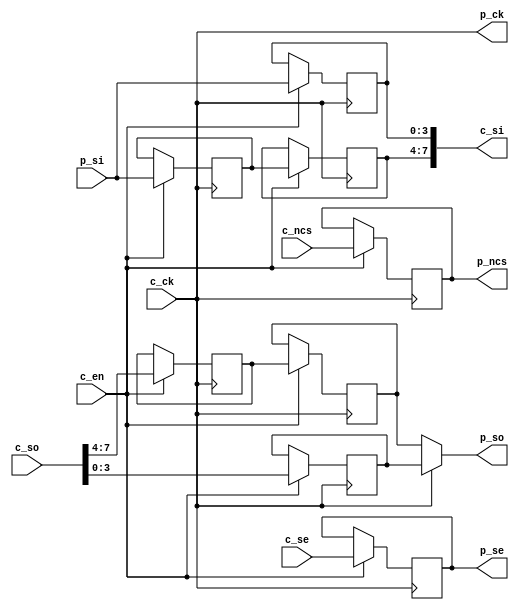
module mphy (
    c_ck, c_ncs, c_se, c_so, c_si, c_en,
    p_ck, p_ncs, p_se, p_so, p_si
);
    // controller side
    input        c_ck;
    input        c_ncs;
    input  [3:0] c_se;
    input  [7:0] c_so;
    output [7:0] c_si;
    // phy enable signal
    input        c_en;

    // pad side
    output       p_ck;
    output       p_ncs;
    output [3:0] p_se;
    output [3:0] p_so;
    input  [3:0] p_si;

    reg       ncs;
    reg [3:0] se, so0, so1, so2, si0, si1, si2;

    // clock buffer
    assign p_ck = c_ck;

    // SPI select signal
    always @(posedge c_ck) if (c_en) ncs <= c_ncs;
    assign p_ncs = ncs;

    // enable output data
    always @(posedge c_ck) if (c_en) se <= c_se;
    assign p_se = se;

    // output data
    always @(posedge c_ck) if (c_en) so0 <= c_so[3:0];
    always @(posedge c_ck) if (c_en) so1 <= c_so[7:4];
    always @(negedge c_ck) if (c_en) so2 <= so1;
    assign p_so = c_ck ? so0 : so2;

    // input data
    always @(posedge c_ck) if (c_en) si0 <= p_si;
    always @(negedge c_ck) if (c_en) si1 <= p_si;
    always @(posedge c_ck) if (c_en) si2 <= si1;
    assign c_si = {si2, si0};

endmodule